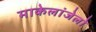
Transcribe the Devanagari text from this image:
माकेलांजेलो